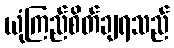
ယုံကြည်စိတ်ချရသည်